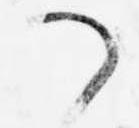
つ